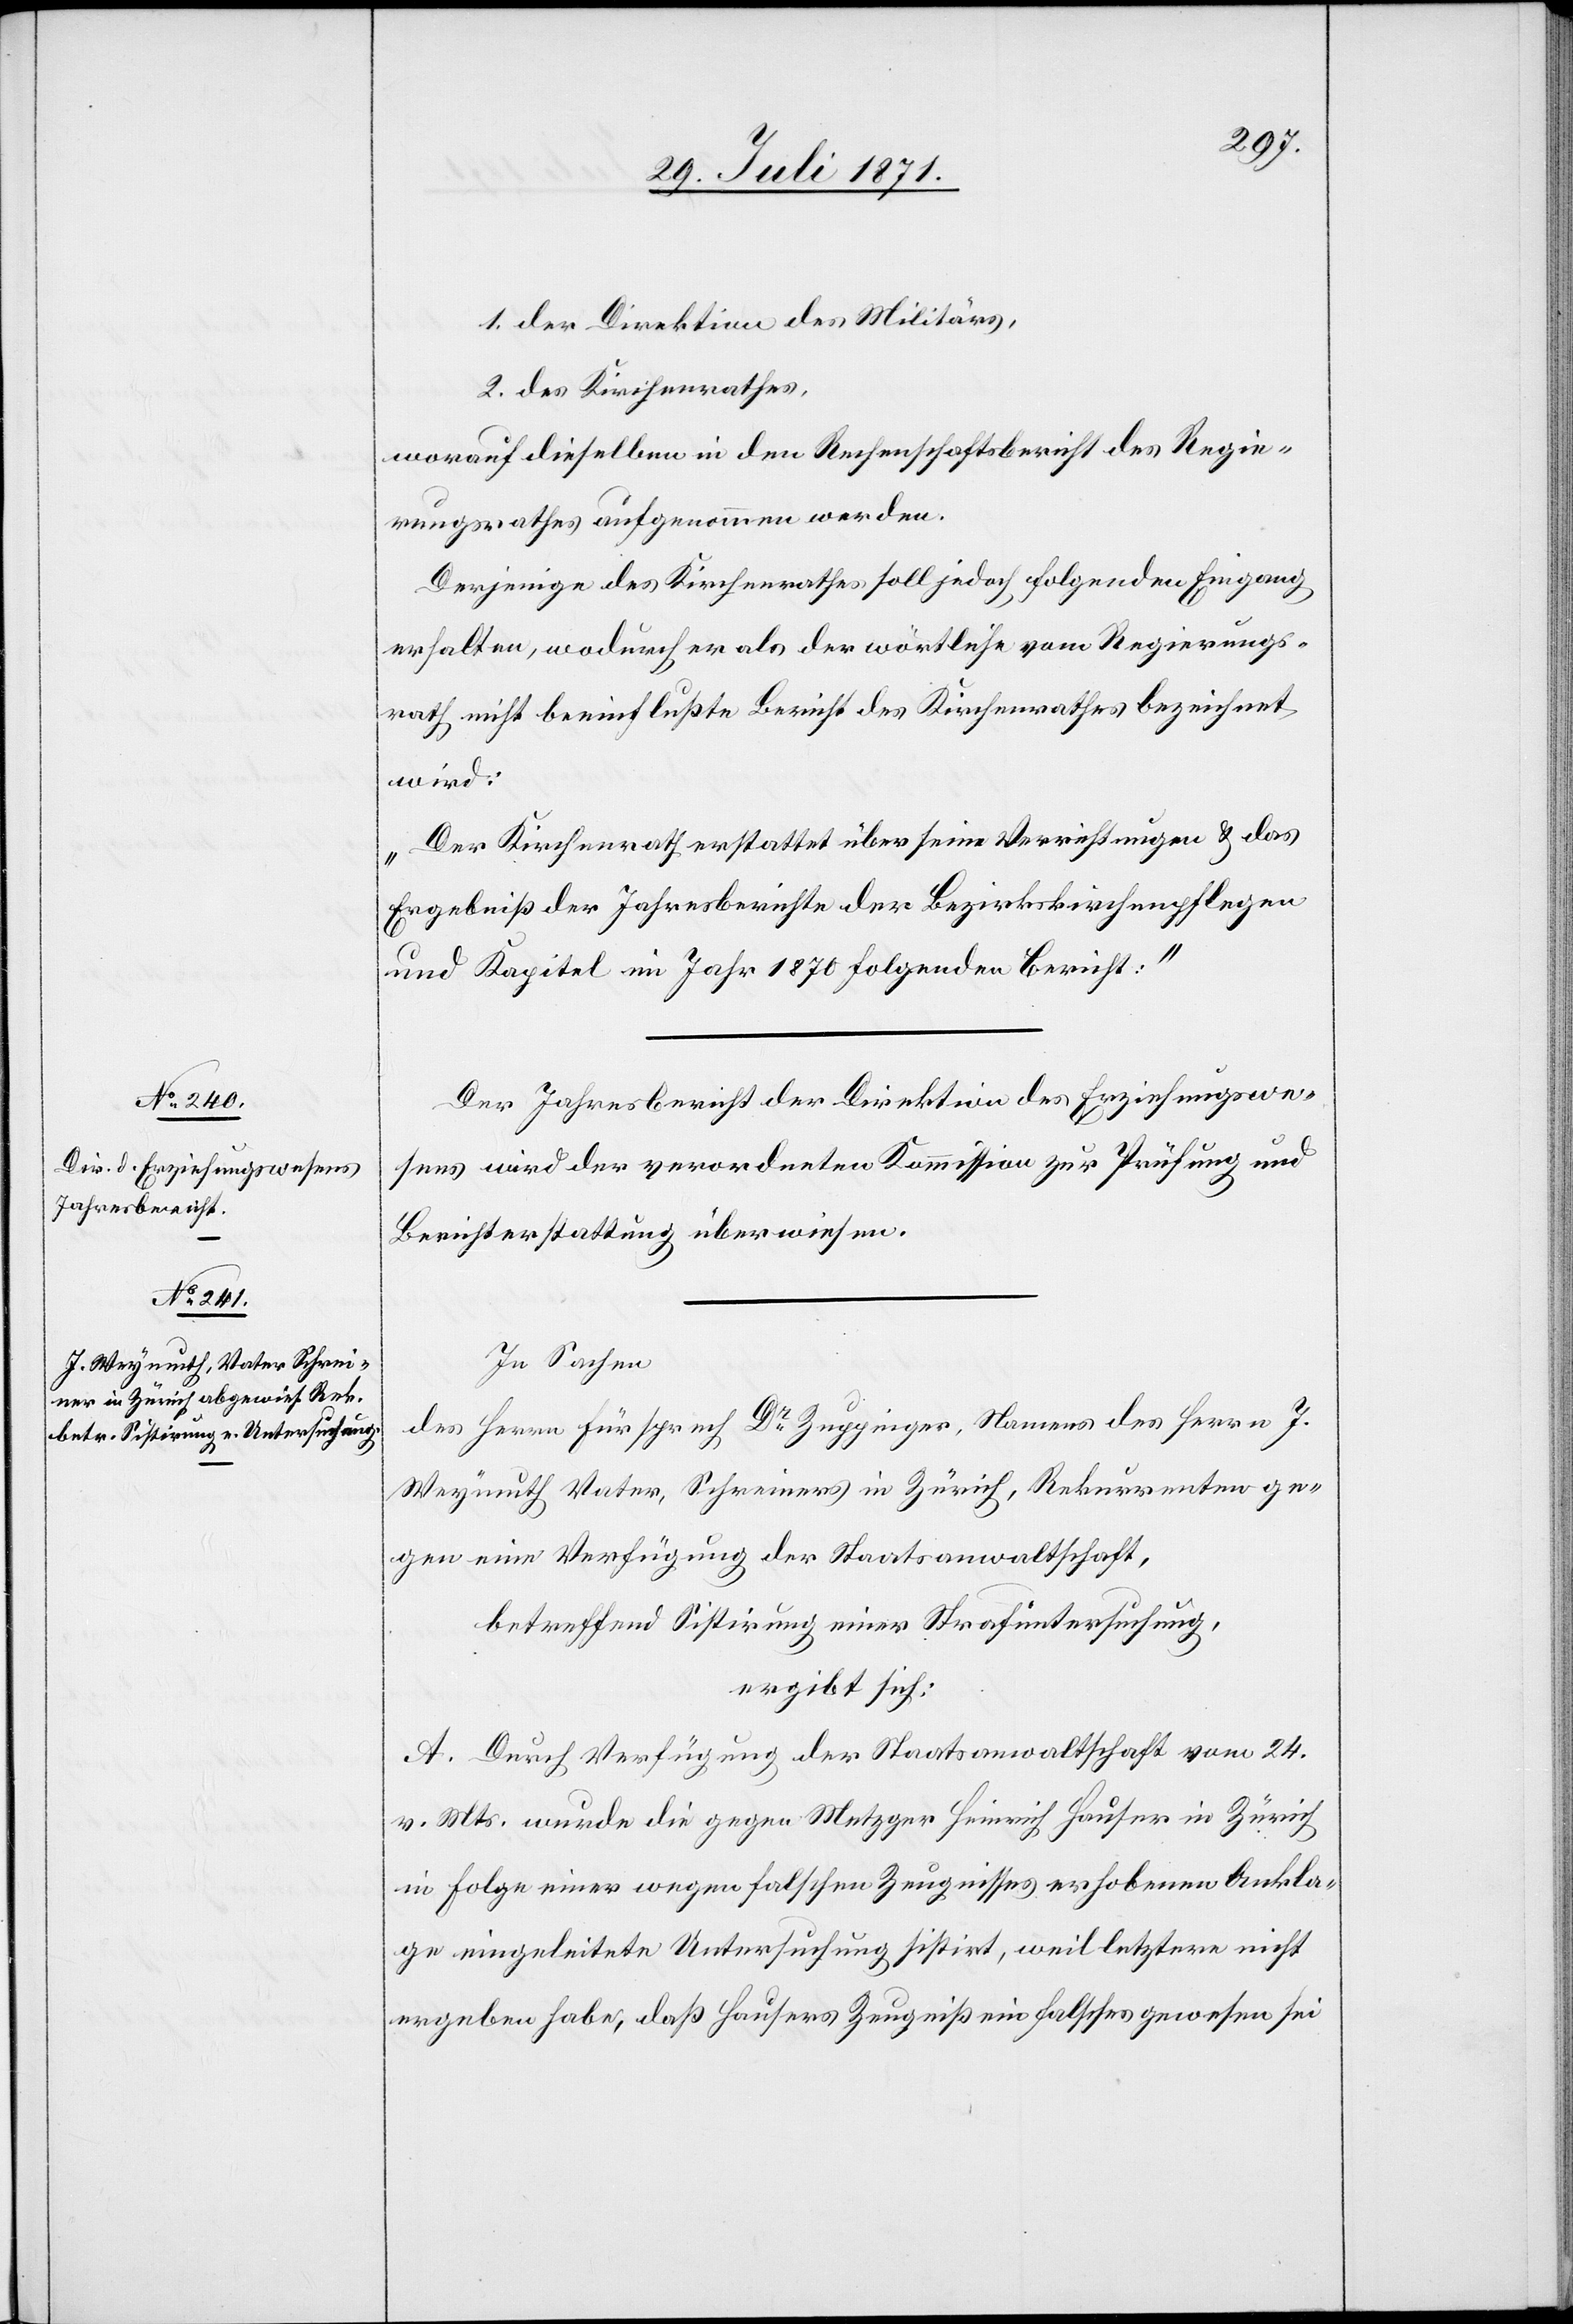
1. der Direktion des Militärs,
2. des Kirchenrathes,
worauf dieselbe in den Rechenschaftsbericht des Regie¬
rungsrathes aufgenommen werden.
Derjenige des Kirchenrathes soll jedoch folgenden Eingang
erhalten, wodurch er als der wörtliche vom Regierungs¬
rath nicht beeinflußte Bericht des Kirchenrathes bezeichnet
wird:
„Der Kirchenrath erstattet über seine Verrichtungen u. das
Ergebniß der Jahresberichte der Bezirkskirchenpflegen
und Kapitel im Jahr 1870 folgenden Bericht:“
Der Jahresbericht der Direktion des Erziehungswe¬
sens wird der verordneten Kommission zur Prüfung und
Berichterstattung überwiesen.
In Sachen
des Herrn Fürsprech Dr. Zuppinger, Namens des Herrn J.
Weymuth Vater, Schreiners in Zürich, Rekurrenten ge¬
gen eine Verfügung der Staatsanwaltschaft,
betreffend Sistirung einer Strafuntersuchung,
ergibt sich:
A. Durch Verfügung der Staatsanwaltschaft vom 24.
v. Mts. wurde die gegen Metzger Heinrich Hauser in Zürich
in Folge einer wegen falschen Zeugnisses erhobenen Ankla¬
ge eingeleitete Untersuchung sistirt, weil letztere nicht
ergeben habe, daß Hausers Zeugniß ein falsches gewesen sei